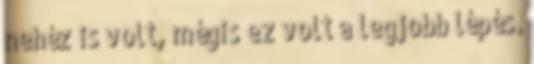
nehéz is volt, mégis ez volt a legjobb lépés.